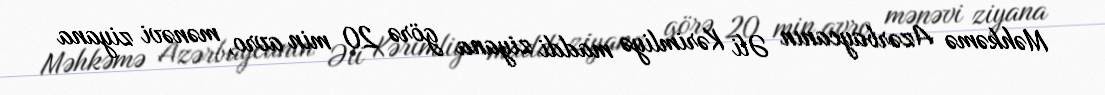
Məhkəmə Azərbaycanın Əli Kərimliyə maddi ziyana görə 20 min avro, mənəvi ziyana